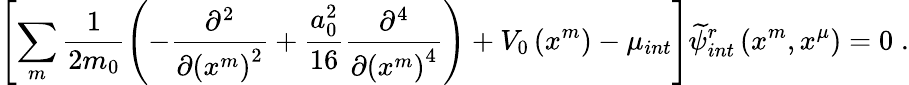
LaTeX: \left[\sum_{m}\frac{1}{2m_{0}}\left(-\frac{\partial^{2}}{\partial\left(x^{m}\right)^{2}}+\frac{a_{0}^{2}}{16}\frac{\partial^{4}}{\partial\left(x^{m}\right)^{4}}\right)+V_{0}\left(x^{m}\right)-\mu_{int}\right]\widetilde{\psi}_{int}^{r}\left(x^{m},x^{\mu}\right)=0\; .